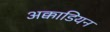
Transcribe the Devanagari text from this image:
अक्काडियन